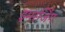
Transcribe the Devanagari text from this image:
इमरजिंग